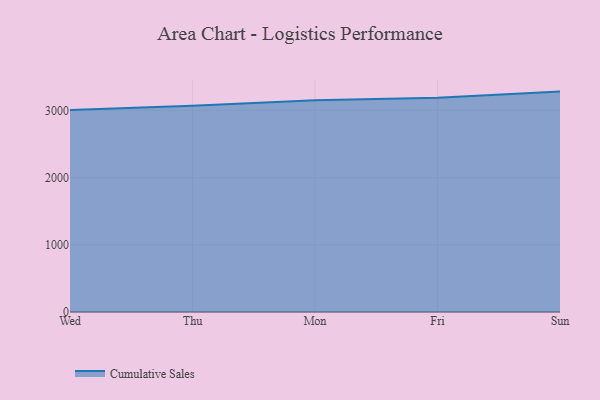
{"axis": {"x": "Day", "y": "Satisfaction Score"}, "legend": ["Cumulative Sales"], "data": [{"x": "Wed", "y": 3005.7, "type": "Cumulative Sales"}, {"x": "Thu", "y": 3070.3, "type": "Cumulative Sales"}, {"x": "Mon", "y": 3149.3, "type": "Cumulative Sales"}, {"x": "Fri", "y": 3188.4, "type": "Cumulative Sales"}, {"x": "Sun", "y": 3279.1, "type": "Cumulative Sales"}]}